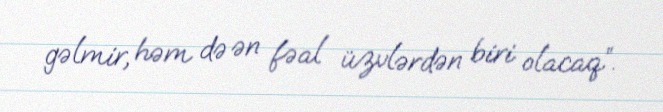
gəlmir, həm də ən fəal üzvlərdən biri olacaq”.